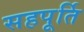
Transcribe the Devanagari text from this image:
सहपूर्ति